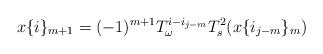
LaTeX: \begin{align*}x\{i\}_{m+1}=(-1)^{m+1}T_{\omega}^{i-i_{j-m}}T_s^2(x\{i_{j-m}\}_m)\end{align*}